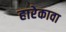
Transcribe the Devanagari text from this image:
हारेकावा